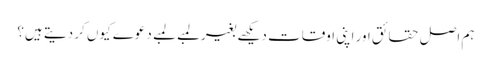
ہم اصل حقائق اور اپنی اوقات دیکھے بغیر لمبے لمبے دعوے کیوں کر دیتے ہیں؟